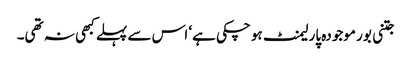
جتنی بور موجودہ پارلیمنٹ ہوچکی ہے‘ اس سے پہلے کبھی نہ تھی۔